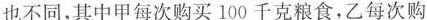
也不同，其中甲每次购买100千克粮食，乙每次购